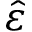
\hat { \varepsilon }